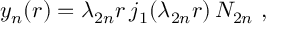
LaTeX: y _ { n } ( r ) = \lambda _ { 2 n } r \, j _ { 1 } ( \lambda _ { 2 n } r ) \, N _ { 2 n } \ ,